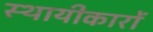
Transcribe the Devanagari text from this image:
स्थायीकारों